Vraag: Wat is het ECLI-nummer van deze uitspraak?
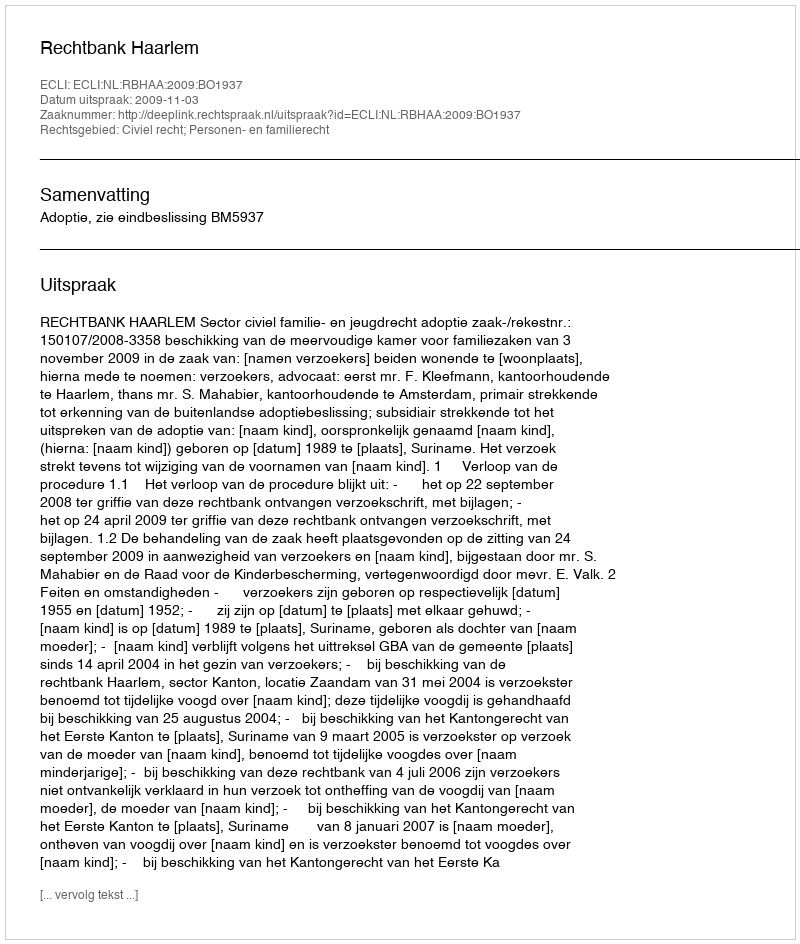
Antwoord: ECLI:NL:RBHAA:2009:BO1937